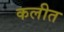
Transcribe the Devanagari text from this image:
कलीत